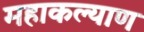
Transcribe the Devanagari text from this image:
महाकल्याण